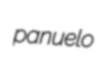
panuelo